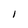
Character: l